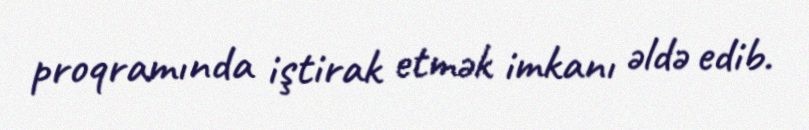
proqramında iştirak etmək imkanı əldə edib.